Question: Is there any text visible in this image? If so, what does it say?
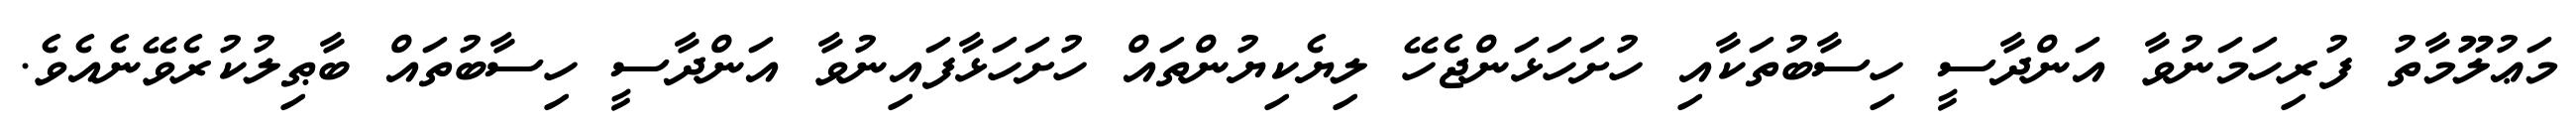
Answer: މަޢުލޫމާތު ފުރިހަމަނުވާ އަންދާސީ ހިސާބުތަކާއި ހުށަހަޅަންޖެހޭ ލިޔެކިޔުންތައް ހުށަހަޅާފައިނުވާ އަންދާސީ ހިސާބުތައް ބާޠިލުކުރެވޭނެއެވެ.